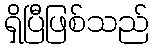
ရှိပြီဖြစ်သည်